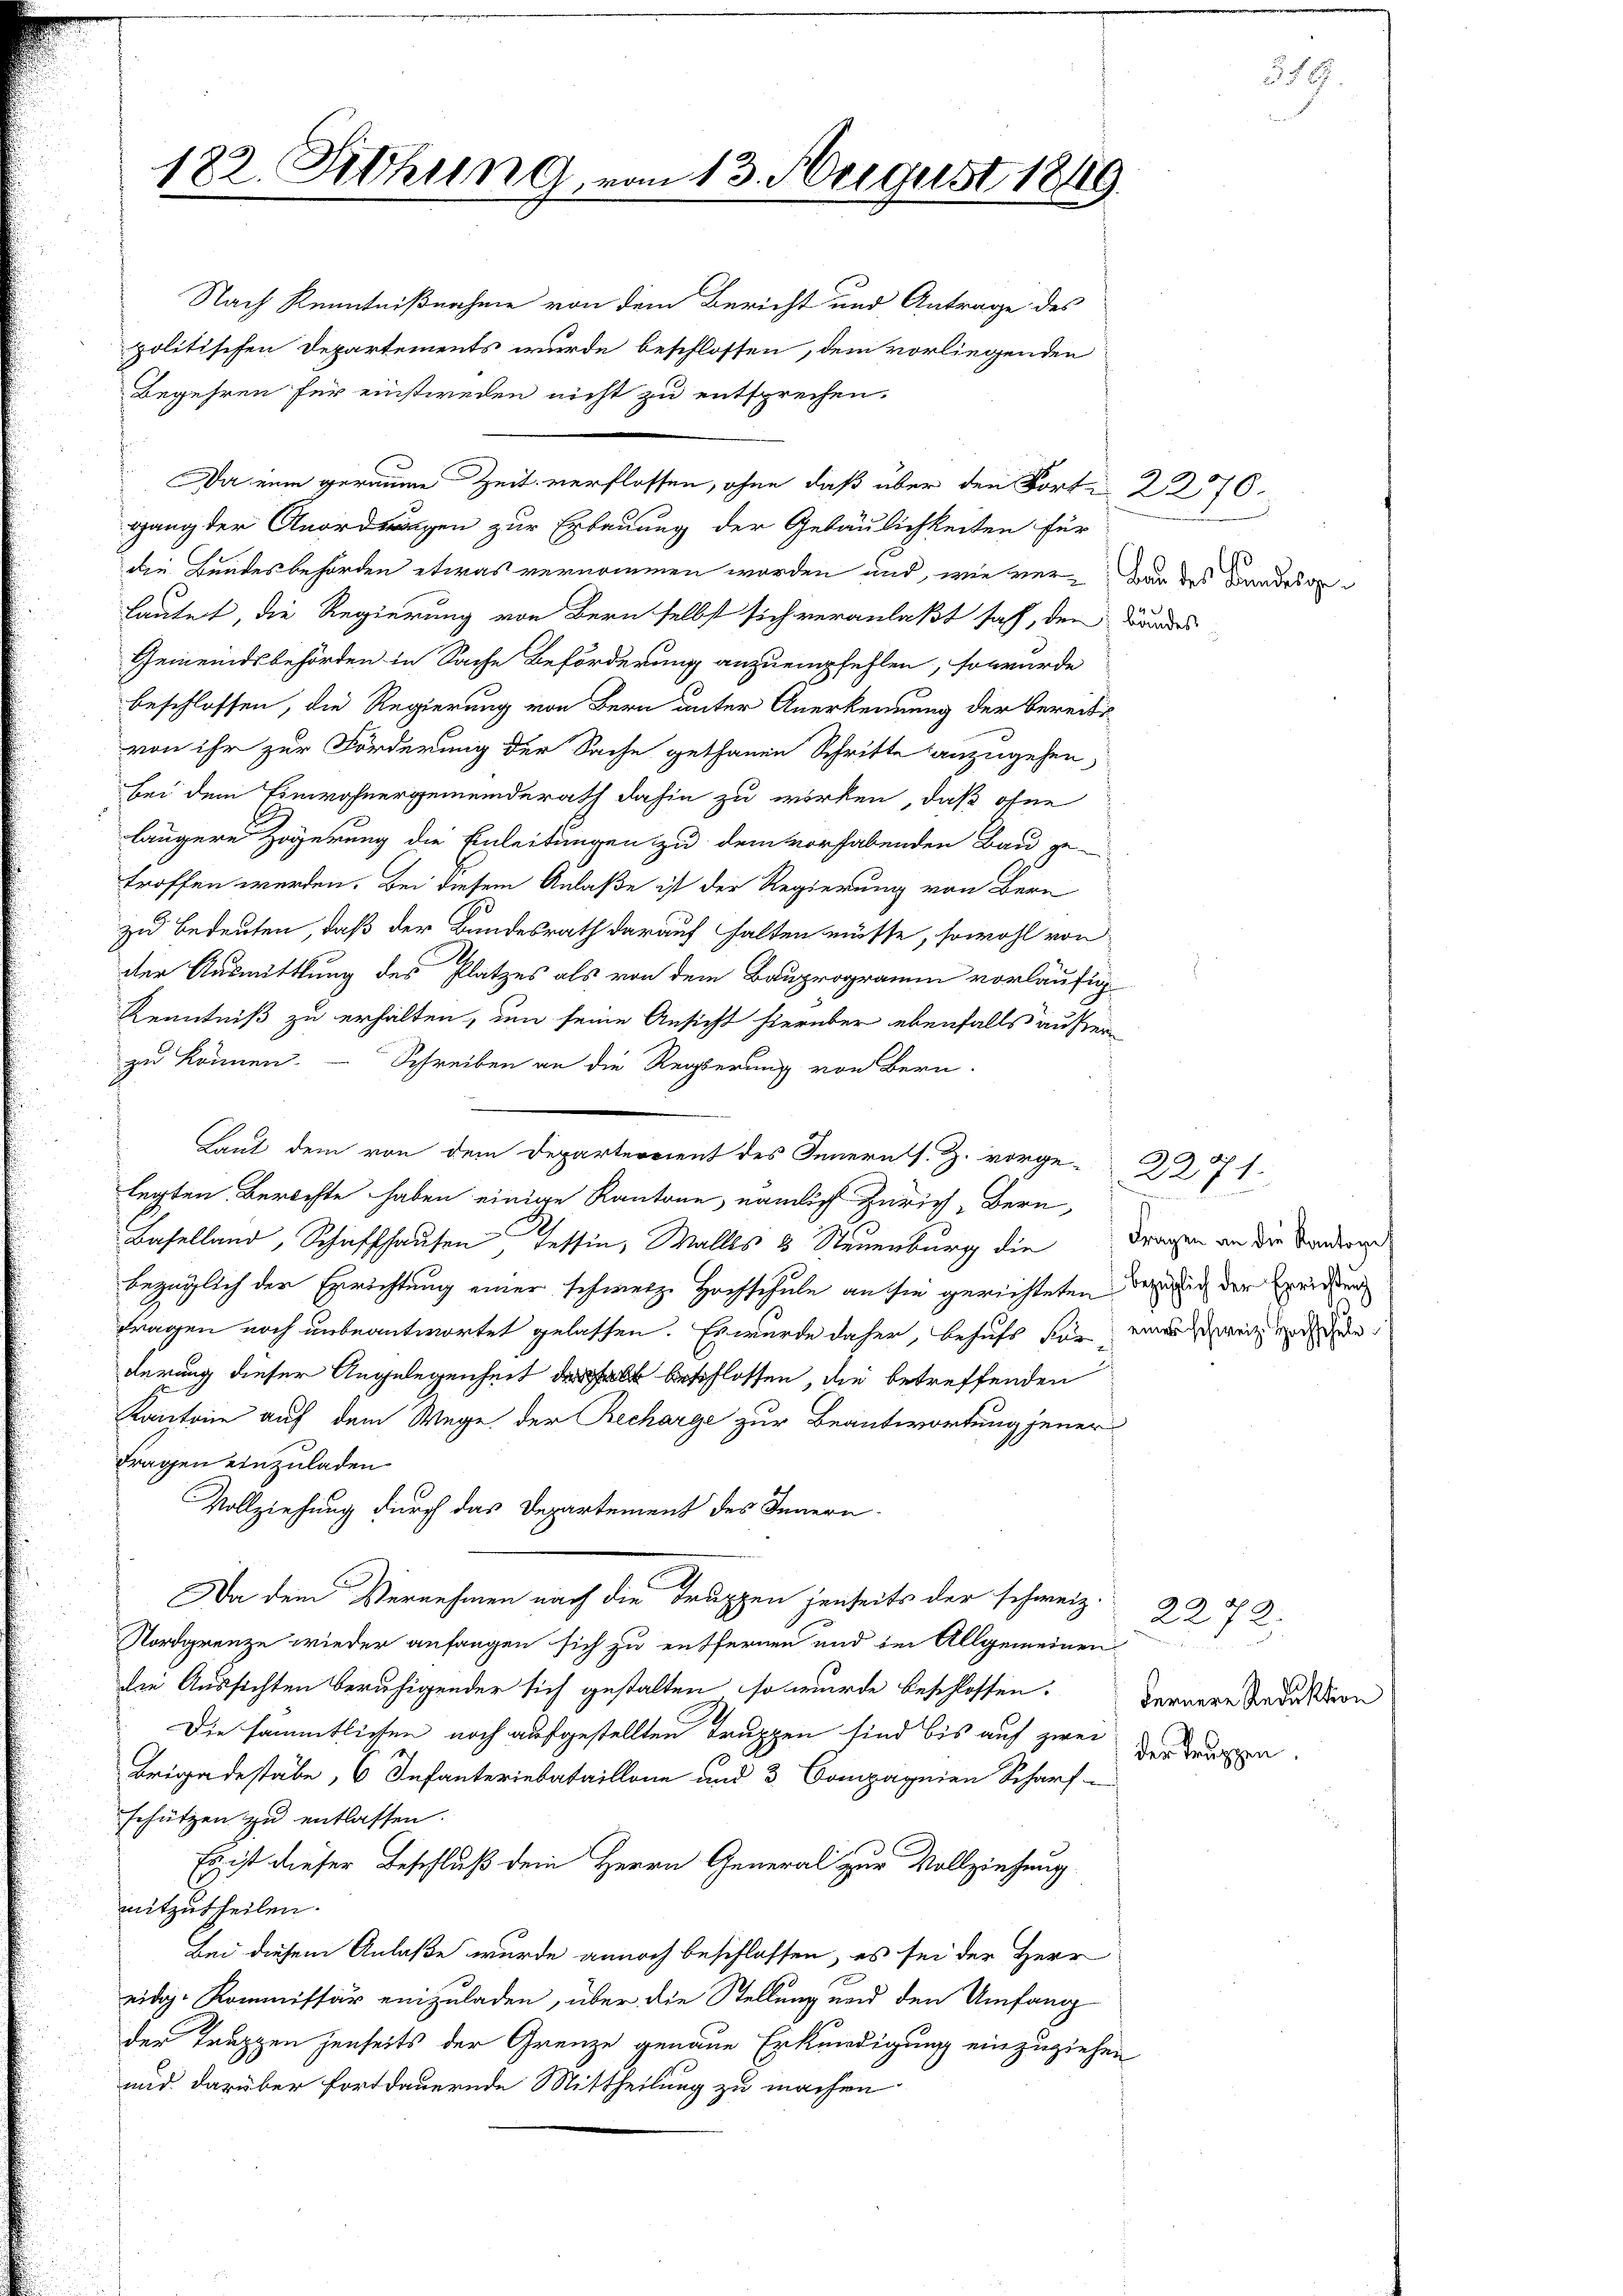
182. Abhung vom 13. August 1849.

Nach Kenntnißnahme von dem Bericht und Antrage des
politischen Departements wurde beschlossen, dem vorliegenden
Begehren für einstweden nicht zu entsprechen.
Da eine geraume Zeit verflossen, ohne daß über den Forte 2276.
gang der Anordnungen zur Erbauung der Gebäulichkeiten für
die Bundesbehörden etwas vernommen worden und, wie vervon des Bandesgelautet, die Regierung von Bern selbst sich veranlaßt sah, den Bundes
Gemeindsbehörden in Sache Beförderung anzuempfehlen, so würde
beschlossen, die Regierung von Bern unter Anerkennung der bereits
von ihr zur Förderung der Sache gethanen Schritte anzugehen,
bei dem Einwohnergemeinderath dahin zu wirken, daß ohne
längere Zögerung die Einleitungen zu dem vorhabenden Bau ge-
troffen werden. Bei diesem Anlaße ist der Regierung von Bern
zu bedeuten, daß der Bundesrath darauf halten müsse, sowohl von
der Ausmittlung des Platzes als von dem Bauprogramm vorläufig
Kenntniß zu erhalten, um seine Ansicht hierüber ebenfalls äußer
zu können.
Schreiben an die Regierung von Bern.
legten Berichte haben einige Kantone, nämlich Zürich, Bern,
Baselland, Schaffhausen Tessin, Wallis 3 Steuenburg die
bezüglich der Errichtung einer schweize Hochschule an sie gerichteten darung der Zeichung
tragen noch unbeantwortet gelassen. Es wurde daher, behufs für meinweil an den
derung dieser Angelegenheit deshalb beschlossen, die betreffenden
Kantone auf dem Wege der Recharge zur Beantwortung jener
Fragen einzuladen
Vollziehung durch das Departement des Innern
Da dem Vernehmen nach die Truppen jenseits der schweiz.
Nordgrenze wieder anfangen sich zu entfernen und im Allgemeinen
die Aussichten beruhigender sich gestalten, so wurde beschlossen.
Die sämmtlichen noch aufgestellten Truppen sind bis auf zwei
Brigadestabe, 6 Infanteriebataillone und 3. Compagnien Scharfschützen zu entlassen.
Es ist dieser Beschluß dem Herrn General zur Vollziehung
mitzutheilen.
Bei diesem Anlaße wurde annoch beschlossen, es sei der Herr
eidg. Kommissär einzuladen, über die Stellung und den Umfang
der Truppen jenseits der Grenze genaue Erkundigung einzuziehen
und darüber fortdauernde Mittheilung zu machen

Laut dem von dem Departereient des Innern s. Z. vorge-

u
n
Fragen an die Kantone

d.
2271.

Fernere Reduktion
der Truppen.

2272.

356.